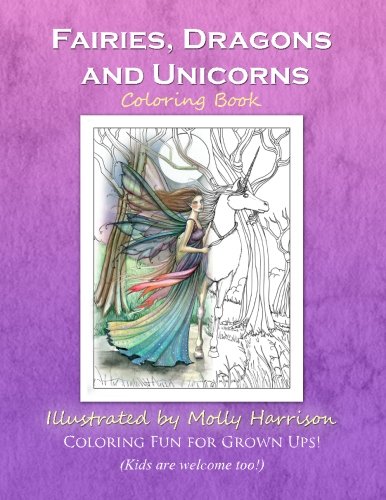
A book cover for Fairies, Dragons and Unicorns: by Molly Harrison Fantasy Art; Molly Harrison; Crafts, Hobbies & Home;